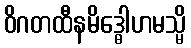
ဝိဂတထီနမိဒ္ဓေါဟမသ္မိ